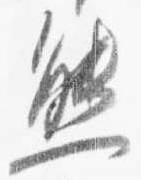
態